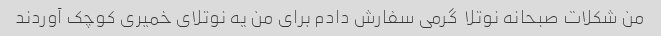
من شکلات صبحانه نوتلا  گرمی سفارش دادم برای من یه نوتلای خمیری کوچک آوردند